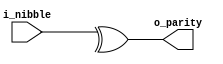
/*
    Parity
    ---------

                FPGA
                +---------------+
                |               |
   i_nibble[0]  |               |  
 ---------------+--+---------+  |
   i_nibble[1]  |  |    |    |  |
 ---------------+--+    |    |  | o_parity
   i_nibble[2]  |  | ---+--- |  +-----------
 ---------------+--+    |    |  |
   i_nibble[3]  |  |    |    |  |
 ---------------+--+---------+  |
                |               |
                |               |
                +---------------+

*/

module parity(i_nibble, o_parity);
    input wire [3:0] i_nibble;
    output wire o_parity;

    assign o_parity = ^i_nibble;
endmodule